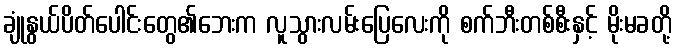
ချုံနွယ်ပိတ်ပေါင်းတွေ၏ဘေးက လူသွားလမ်းပြေလေးကို စက်ဘီးတစ်စီးနှင့် မိုးမခတို့